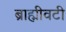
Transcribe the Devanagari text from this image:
ब्राह्मीवटी